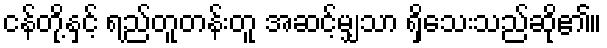
ငန်တို့နှင့် ရည်တူတန်းတူ အဆင့်မျှသာ ရှိသေးသည်ဆို၏။